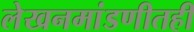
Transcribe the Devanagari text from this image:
लेखनमांडणीतही